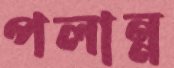
পলান্ন